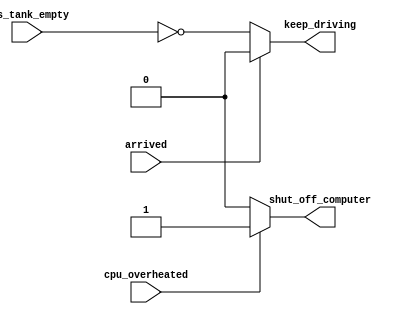
// This program was cloned from: https://github.com/matthlud/HDLBits
// License: Apache License 2.0

// synthesis verilog_input_version verilog_2001
module top_module (
    input      cpu_overheated,
    output reg shut_off_computer,
    input      arrived,
    input      gas_tank_empty,
    output reg keep_driving  ); //

    always @(*) begin
        if (cpu_overheated)
           shut_off_computer = 1;
        else
           shut_off_computer = 0; 
    end

    always @(*) begin
        if (~arrived)
           keep_driving = ~gas_tank_empty;
        else
           keep_driving = 0; 
    end

endmodule